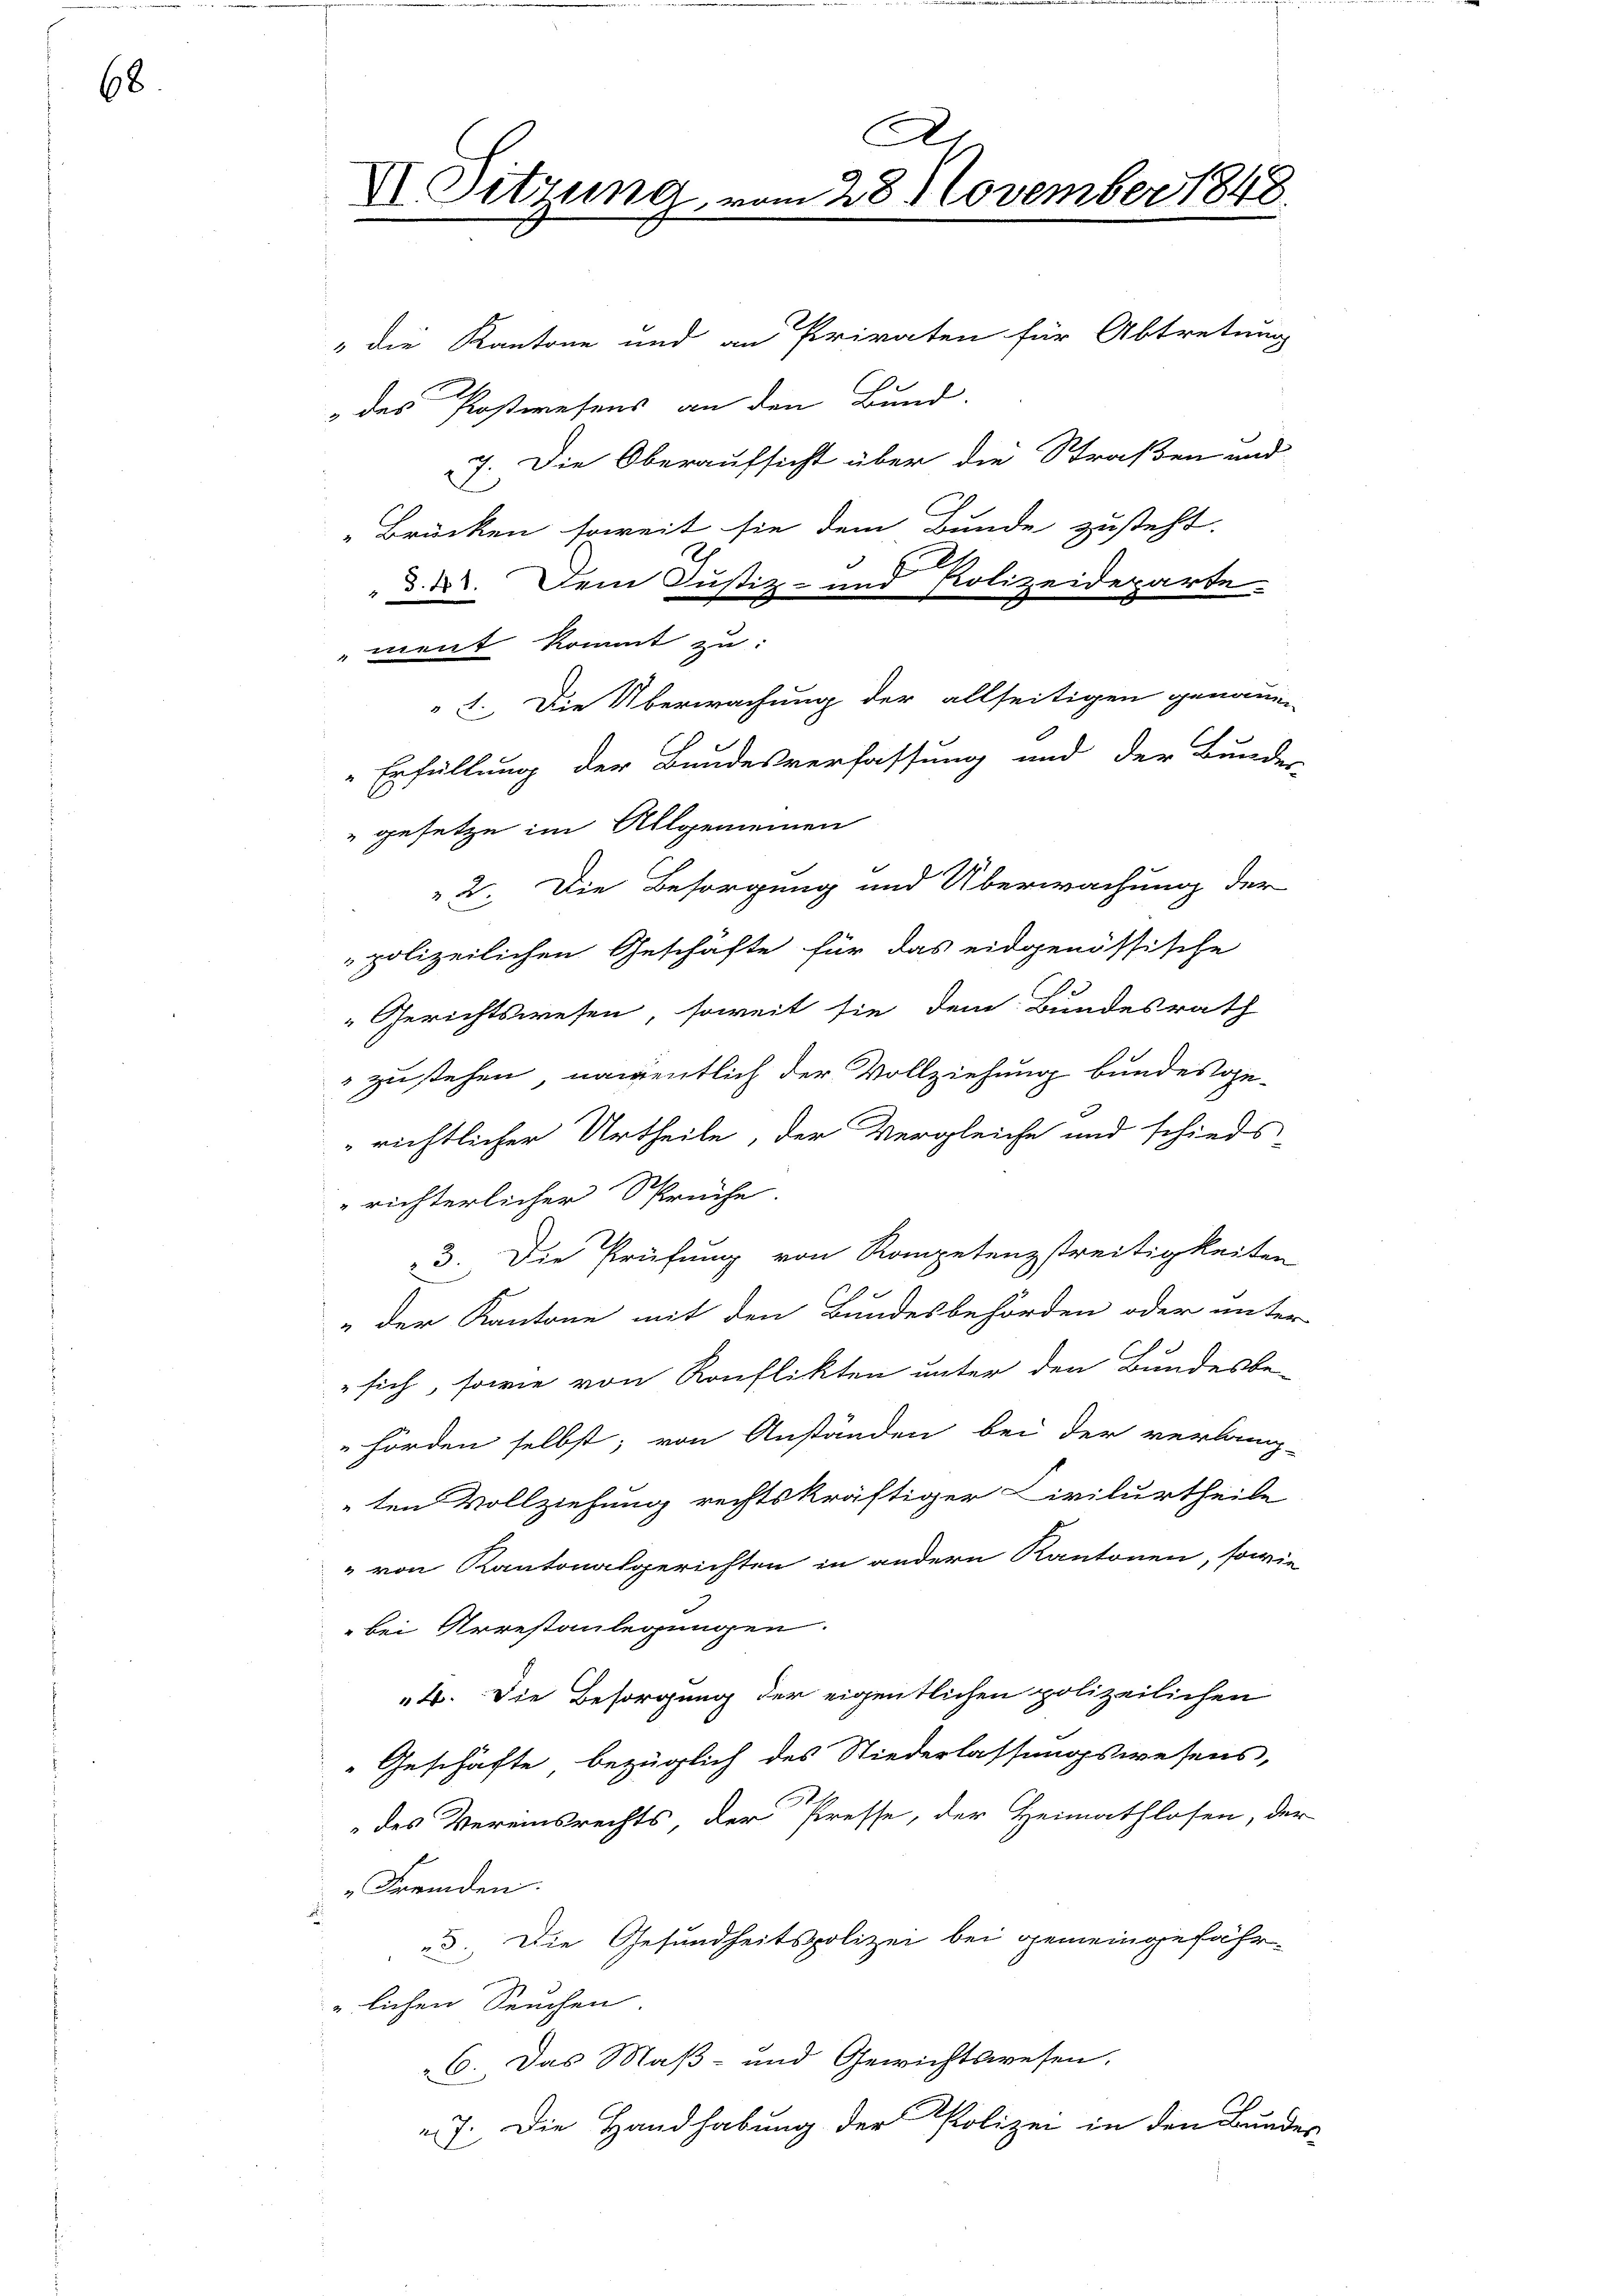
68.

A
X Sitzung vom 28. November 1848.

" die Kantone und an Privaten für Abtretung
1
„des Postwesens an den Bund.
7. Die Oberaufsicht über die Straßen und
Brücken soweit sie dem Bunde zusteht.
8
" d. d. Dem Justiz- und Polizeideparte
ment kommt zu
2. Die Überwachung der allseitigen genauen
Erfüllung der Bundesverfassung und der Bunden
2 Die Besorgung und Überwachung der
polizeilichen Geschäfte für das eidgenössische
s
Gerichtswesen soweit sie dem Bundesrath
s zu stehen, namentlich der Vollziehung bundesge-
richtlicher Urtheile, der Vergleiche und schieds
richterlicher Spruche.
3. Die Prüfung von Kompetenzstreitigkeiten
" der Kantone mit den Bundesbehörden oder unter
sich, sowie von Konflikten unter den Bundesbe-
hörden selbst; von Anständen bei der verlang-
ten Vollziehung rechtskräftiger Civilurtheile
" von Kantonalgerichten in andern Kantonen, sowie
bei Arrestanlegungen.
4. Die Besorgung der eigentlichen polizeilichen
Geschäfte bezüglich des Niederlassungswesens,
des Vereinsrechts, der Presse, der Heimathlosen, der
Fremden.
d. Die Gesundheitspolizei bei gemeingefährlichen Seuchen.
C. Das Maß- und Gewichtswesen.
 7. Die Handhabung der Polizei in den Bundes

" gesetze im Allgemeinen